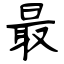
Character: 最